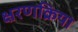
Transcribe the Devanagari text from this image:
क्षरणक्रिया